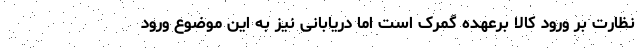
نظارت بر ورود کالا برعهده گمرک است اما دریابانی نیز به این موضوع ورود